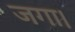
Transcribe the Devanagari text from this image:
जगा।